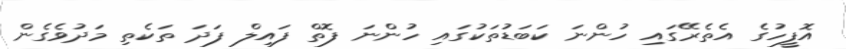
އޮފީހުގެ އެތެރޭގައި ހުންނަ ކަބަޑުތަކުގައި ހުންނަ ފޮތް ފައިލް ފަދަ ތަކެތި މަދުވެގެން